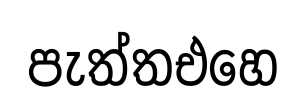
පැත්තඑහෙ